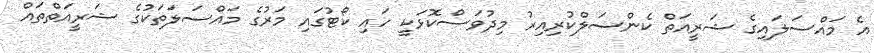
އެ މައްސަލައިގެ ޝަރީއަތް ކެންސަލްކުރިއިރު މިދުވަސްކޮޅަކީ ހައި ކޯޓުގައި މަރުގެ މައްސަލަތަކުގެ ޝަރީއަތްތައް